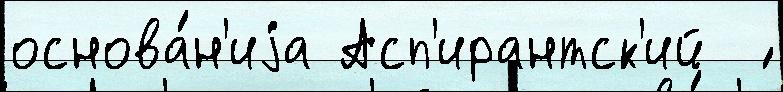
основа́н'иjа Асп'ирантск'ий  ́